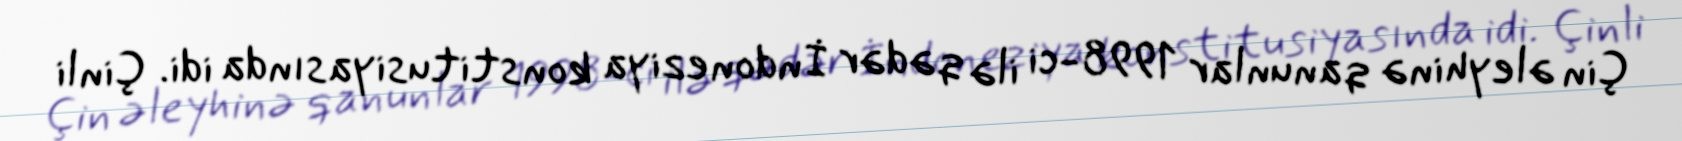
Çin əleyhinə qanunlar 1998-ci ilə qədər İndoneziya konstitusiyasında idi. Çinli